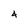
Character: 4